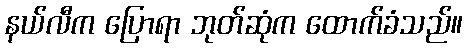
နယ်လီက ပြောရာ ဘုတ်ဆုံက ထောက်ခံသည်။